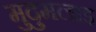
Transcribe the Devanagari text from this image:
मुदुमलाइ